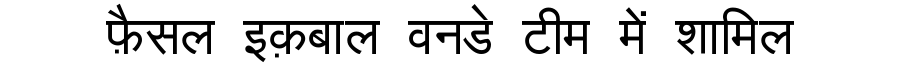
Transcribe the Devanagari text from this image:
फ़ैसल इक़बाल वनडे टीम में शामिल